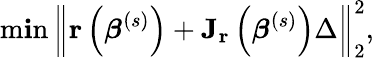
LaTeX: \operatorname*{m\mathbf{i}n}\left\| \mathbf{{r}}\left({\boldsymbol{\beta}}^{(s)}\right)+\mathbf{{J_{r}}}\left({\boldsymbol{\beta}}^{(s)}\right)\Delta\right\| _{2}^{2},